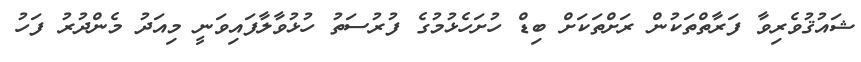
ޝައުޤުވެރިވާ ފަރާތްތަކުން ރަށްތަކަށް ބިޑް ހުށަހެޅުމުގެ ފުރުސަތު ހުޅުވާލާފައިވަނީ މިއަދު މެންދުރު ފަހު